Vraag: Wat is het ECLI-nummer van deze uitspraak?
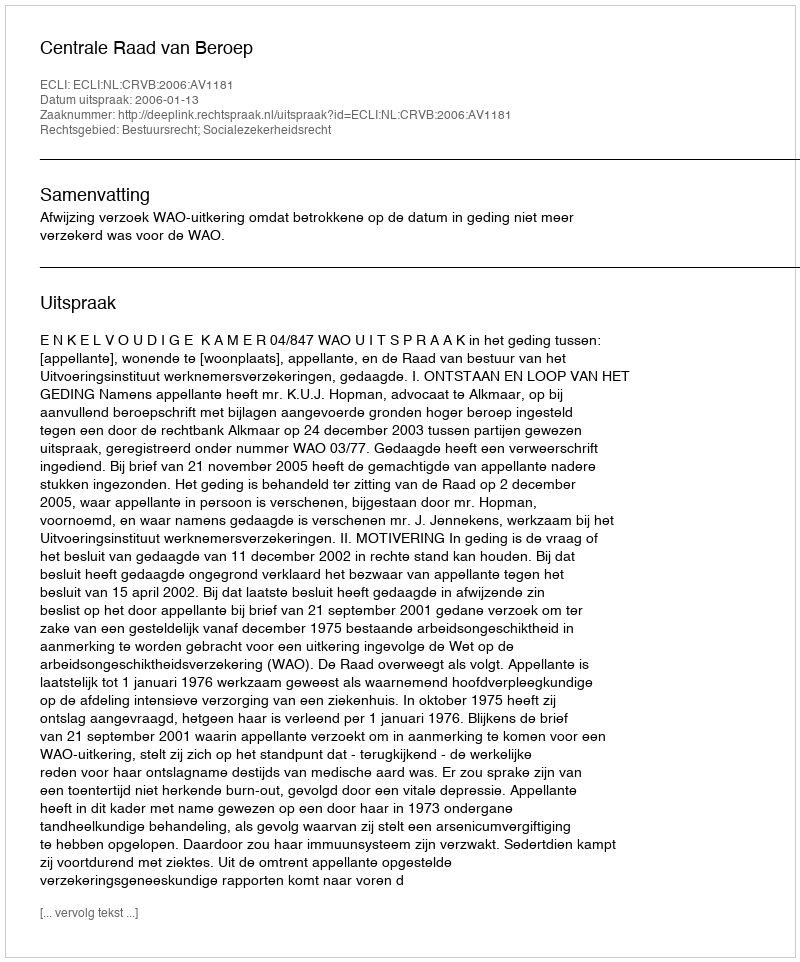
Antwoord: ECLI:NL:CRVB:2006:AV1181